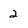
Character: 2